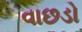
વાછડો